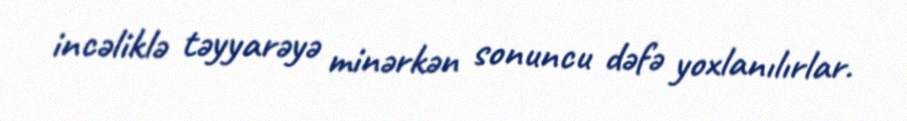
incəliklə təyyarəyə minərkən sonuncu dəfə yoxlanılırlar.